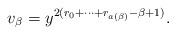
LaTeX: \begin{align*}v_\beta = y^{2(r_0+\cdots + r_{a(\beta)}-\beta+1)}.\end{align*}